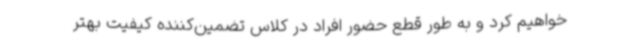
خواهیم کرد و به طور قطع حضور افراد در کلاس تضمین‌کننده کیفیت بهتر